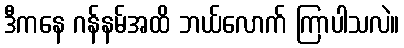
ဒီကနေ ဂန်နမ်အထိ ဘယ်လောက် ကြာပါသလဲ။